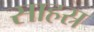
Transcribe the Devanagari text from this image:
साहस्र